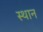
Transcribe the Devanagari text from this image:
स्‍थान